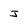
Character: J